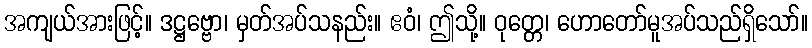
အကျယ်အားဖြင့်။ ဒဋ္ဌဗ္ဗော၊ မှတ်အပ်သနည်း။ ဧဝံ၊ ဤသို့။ ဝုတ္တေ၊ ဟောတော်မူအပ်သည်ရှိသော်။